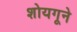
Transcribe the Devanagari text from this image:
शोयगूने